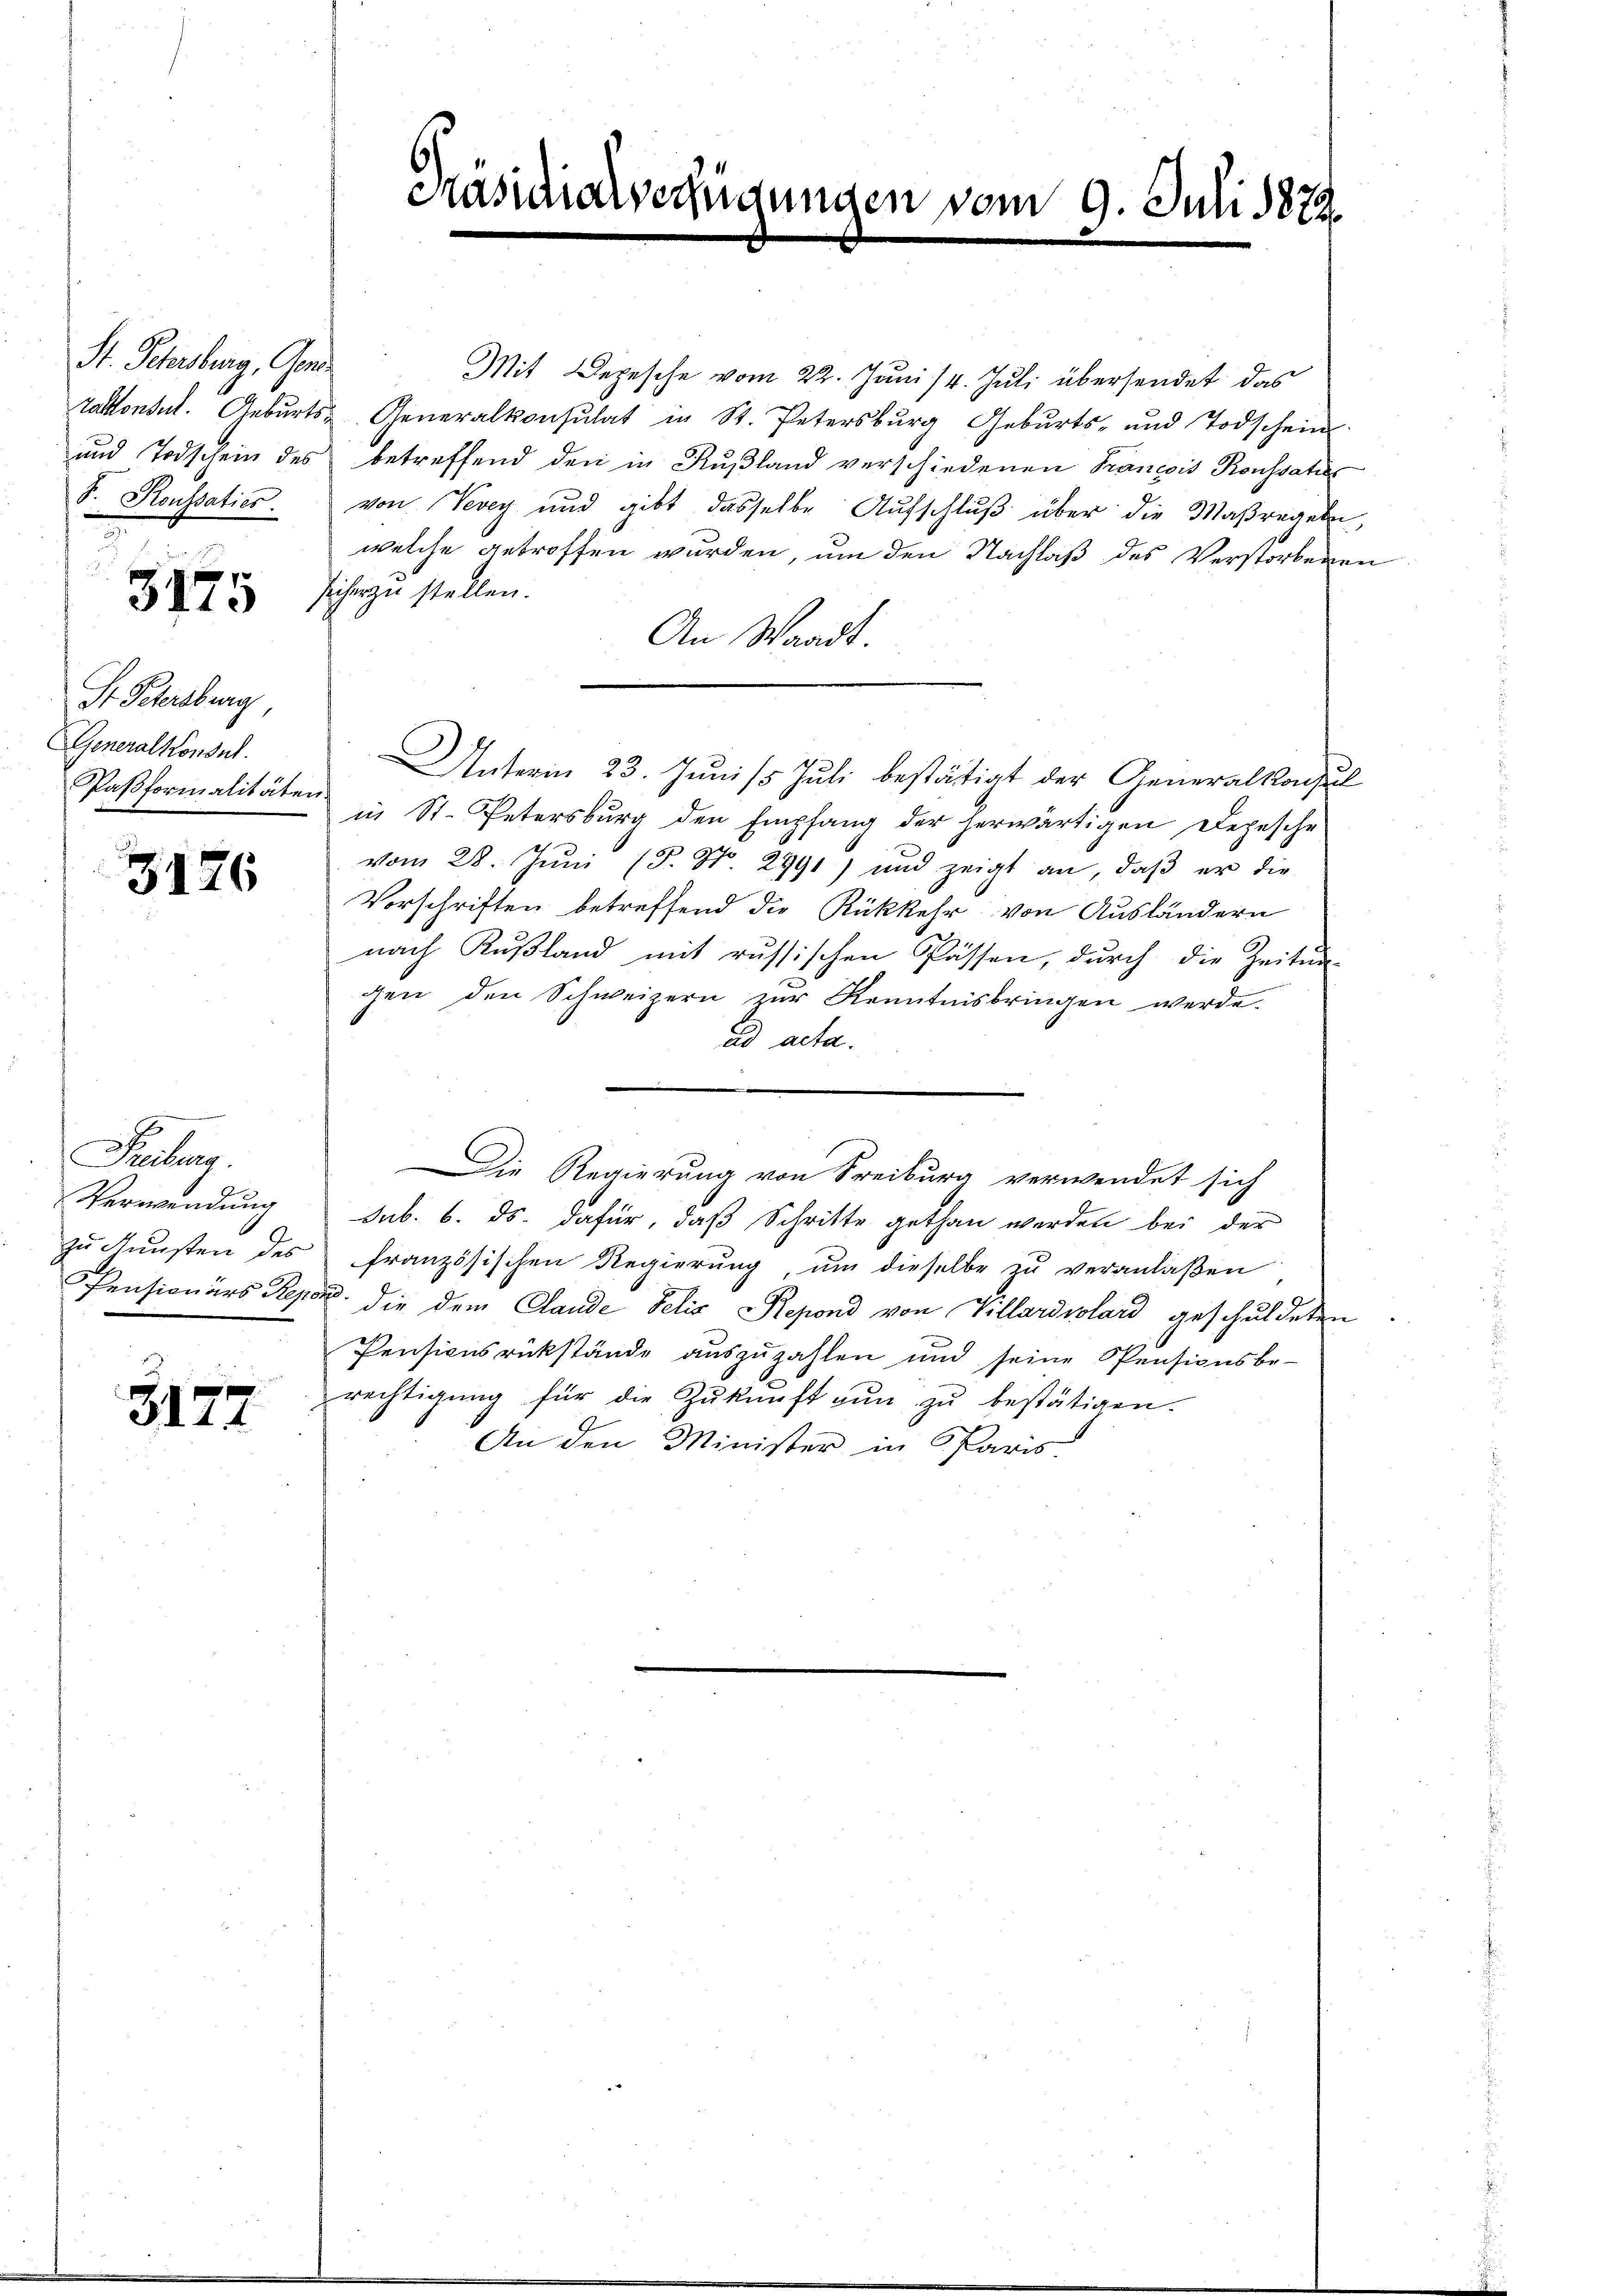
St. Scherberg, Ger
F. Roussaties.
.

3175

St. Petersburg,
Generalkonsul

3176

Leitung.
Verwendung
zu Künsten des

3177

Präsidia

echis

Mit Depesche vom 22. Juni 14. Juli übersendet das
Tattontel. Geburts- Generalkonsulat in St. Petersburg Geburts- und Todschein.
und Todschein des betreffend den in Rußland verschiedenen Francois Konssatio
von Vevey und gibt dasselbe Aufschluß über die Maßregeln,
welche getroffen wurden, um den Nachlaß des Verstorbenen
sicher zu stellen.
An Waadt.
Unterm 23. Junis Juli bestättigt der Generalkonsul
Paβformalitäten in St. Petersburg den Empfang der herwärtigen Depesche
vom 28. Jŭni (3. No. 2991) und zeigt an, daβ er die
Vorschriften betreffend die Rückkehr von Ausländern
nach Kŭβland mit russischen Passen, durch die Zeitun
gen den Schweizern zur Kenntnisbringen werde.
ad acta.
Die Regierung von Freiburg verwendet sich
sub. 6. ds. dafür, daß Schritte gethan werden bei der
französischen Regierung um dieselbe zu veranlaßen
Pensionärs Reper die dem Claude delis Repond von Villardpolard geschuldeten
Pensionsrükstände auszuzahlen und seine Pensionsbe-
rechtigŭng für die Zŭkŭnft nŭn zŭ bestätigen.
An den Minister in Paris.

gungen vom 9. Juli 1872